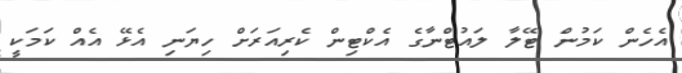
އެހެން ކަމުން ޓޭލާ ލައުޓްނާގެ އެކްޓިން ކެރިއަރަށް ހިޔަނި އެޅޭ އެއް ކަމަކީ